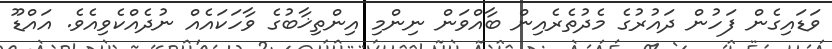
ވަޑައިގެން ފަހުން ދައުރުގެ މެދުތެރެއިން ބާއްވަން ނިންމި އިންތިޚާބުގެ ވާހަކައެއް ނުދެއްކެވިއެވެ. އައްޑޫ